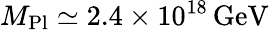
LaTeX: M_{\mathrm{Pl}}\simeq 2.4\times 10^{18}\, \textrm{GeV}